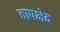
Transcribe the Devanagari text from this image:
तापभेद